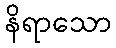
နိရာသော